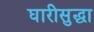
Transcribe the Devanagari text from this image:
घारीसुद्धा